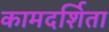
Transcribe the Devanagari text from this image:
कामदर्शिता